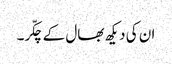
ان کی دیکھ بھال کے چکّر۔